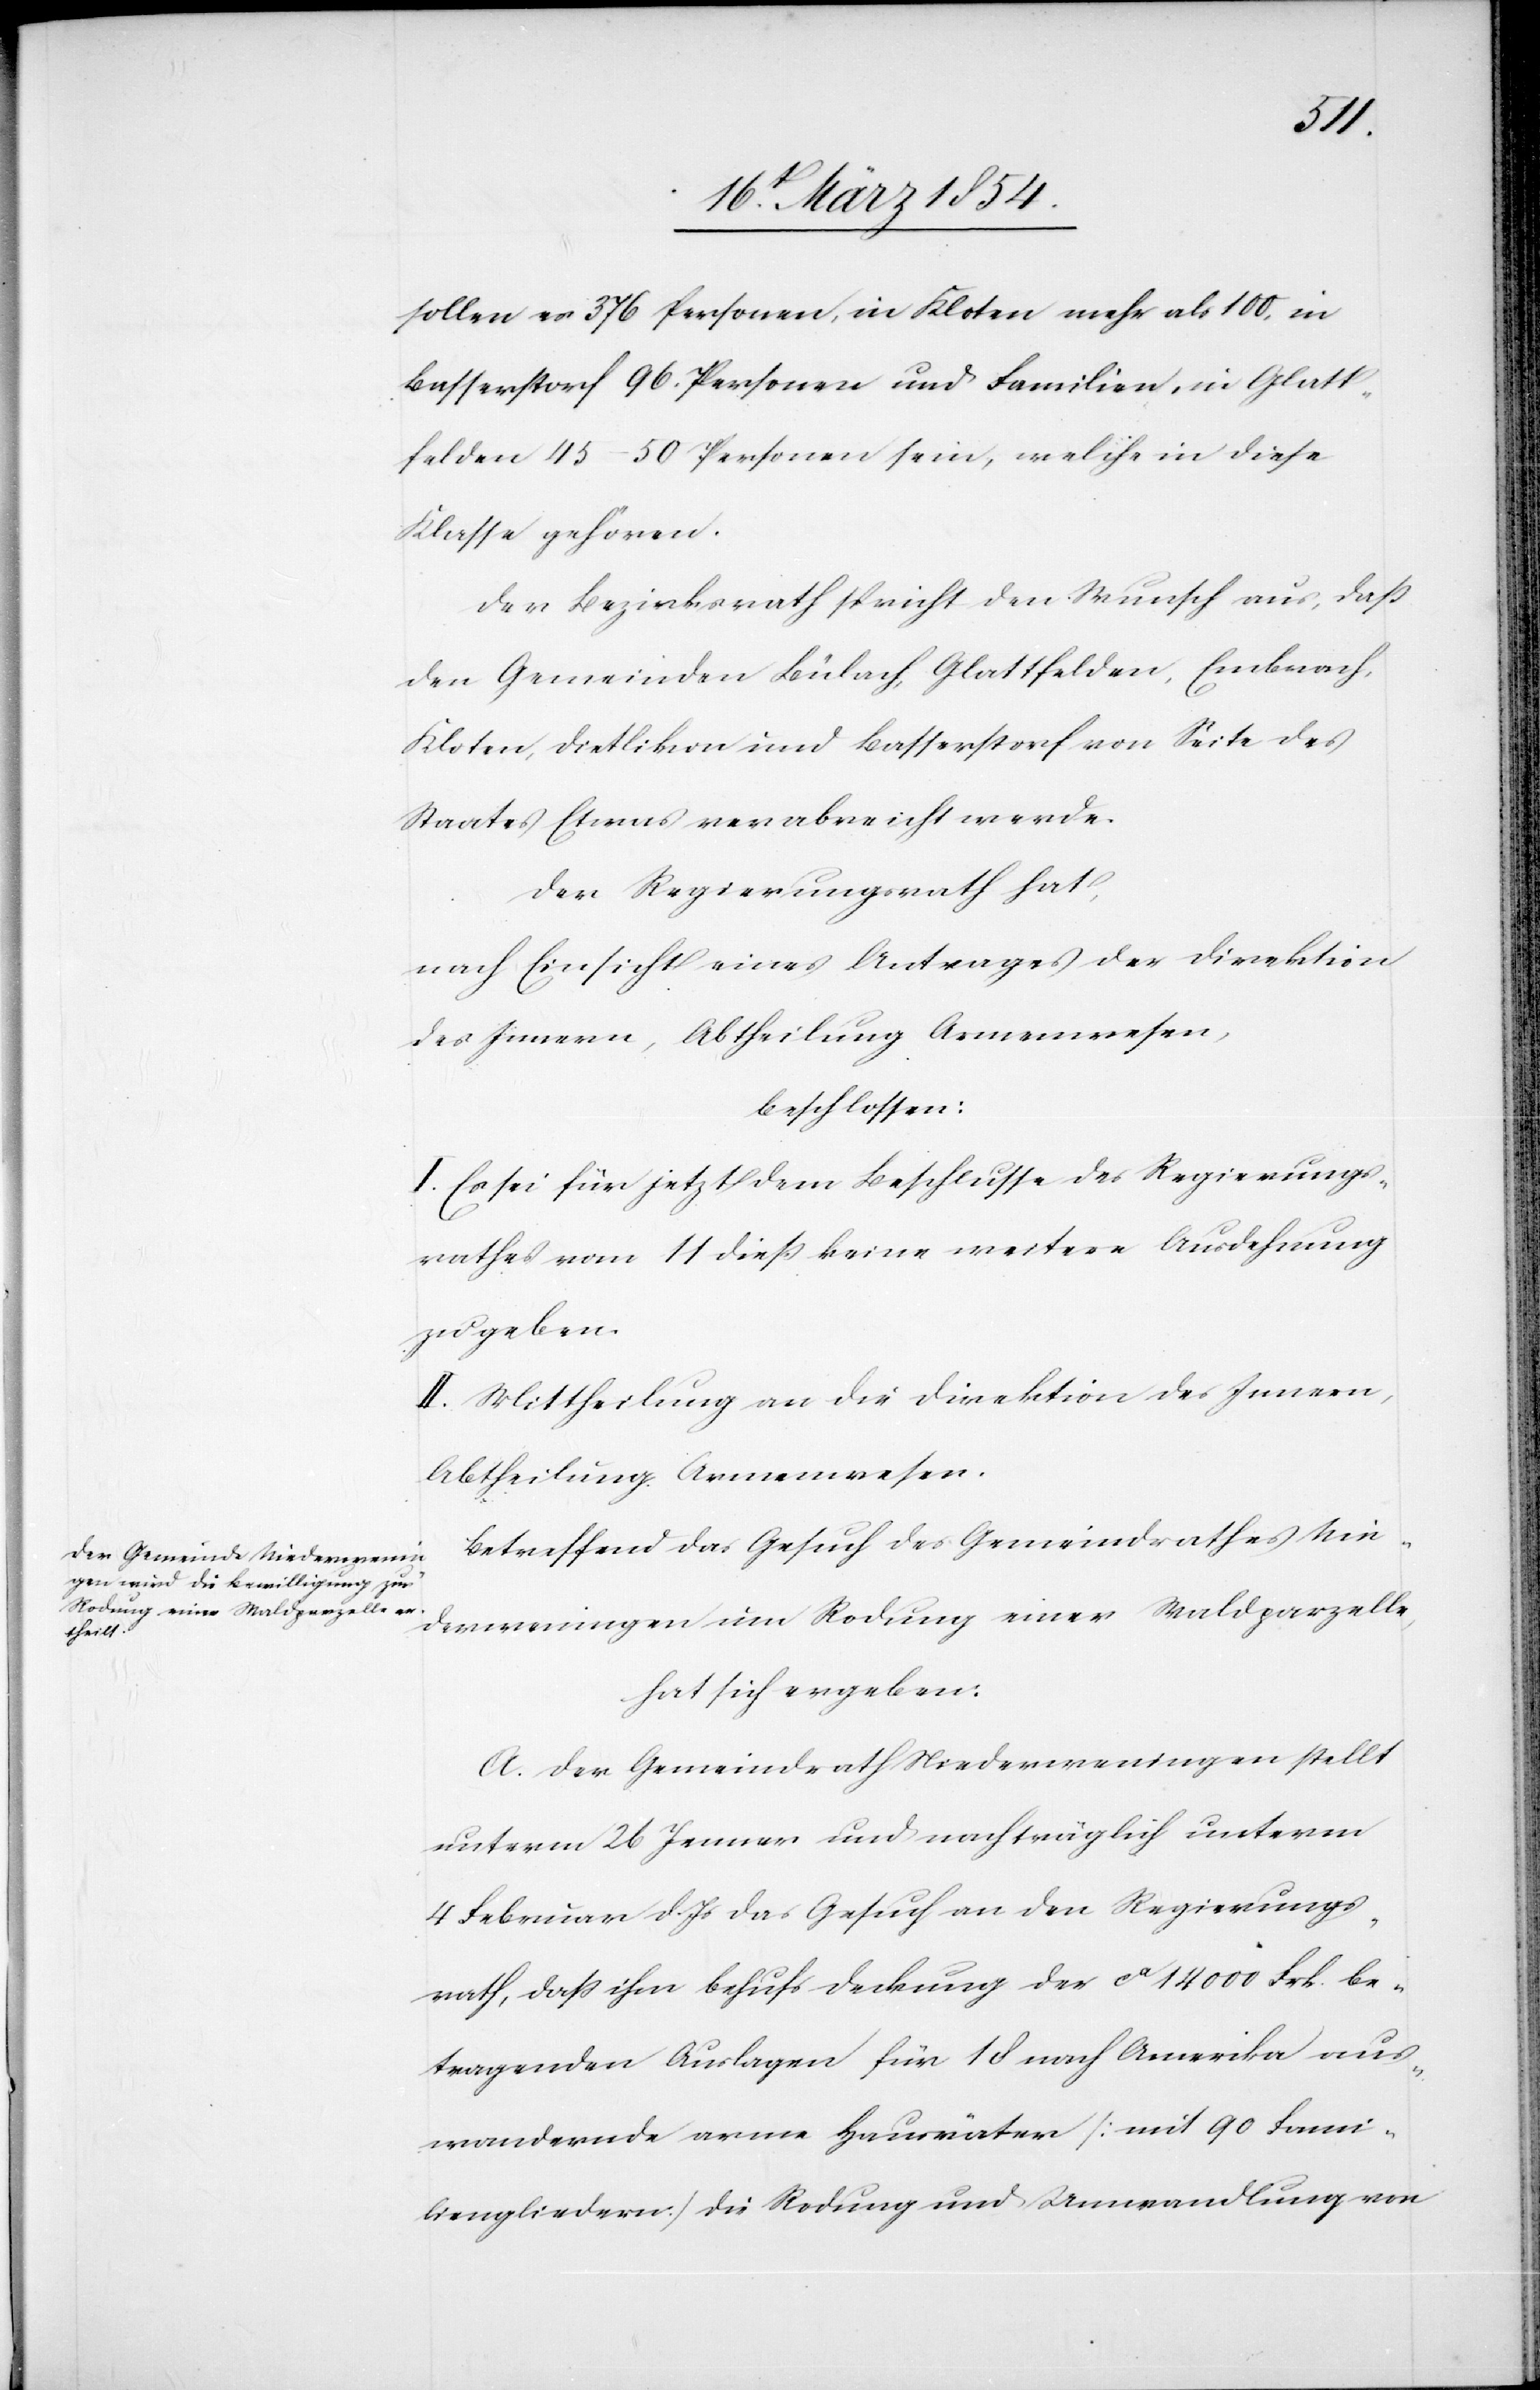
sollen es 376 Personen, in Kloten mehr als 100, in
Basserstorf 96. Personen und Familien, in Glatt¬
felden 45–60 Personen sein, welche in diese
Klasse gehören.
der Bezirksrath spricht den Wunsch aus, daß
den Gemeinden Bülach, Glattfelden, Embrach,
Kloten, Dietlikon und Basserstorf von Seite des
Staates Etwas verabreicht werde.
Der Regierungsrath hat,
nach Einsicht eines Antrages der Direktion
des Innern, Abtheilung Armenwesen,
beschlossen:
I. Es sei für jetzt dem Beschlusse des Regierungs¬
rathes vom 11 dieß keine weitere Ausdehnung
zu geben.
II. Mittheilung an die Direktion des Innern,
Abtheilung Armenwesen.
Betreffend das Gesuch des Gemeindrathes Nie¬
derweningen um Rodung einer Waldparzelle,
hat sich ergeben:
A. Der Gemeindrath Niederweningen stellt
unterm 26 Jenner und nachträglich unterm
4 Februar d. Js. das Gesuch an den Regierungs¬
rath, daß ihm behufs Deckung der ca 14 000 Frk. be¬
tragenden Auslagen für 18 nach Amerika aus¬
wandernde arme Hausväter (mit 90 Fami¬
lienmitgliedern) die Rodung und Umwandlung von